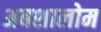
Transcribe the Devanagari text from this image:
अबशालोम